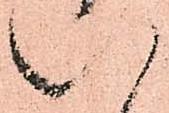
八